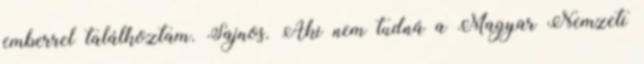
emberrel találkoztam. Sajnos. Aki nem tudná a Magyar Nemzeti